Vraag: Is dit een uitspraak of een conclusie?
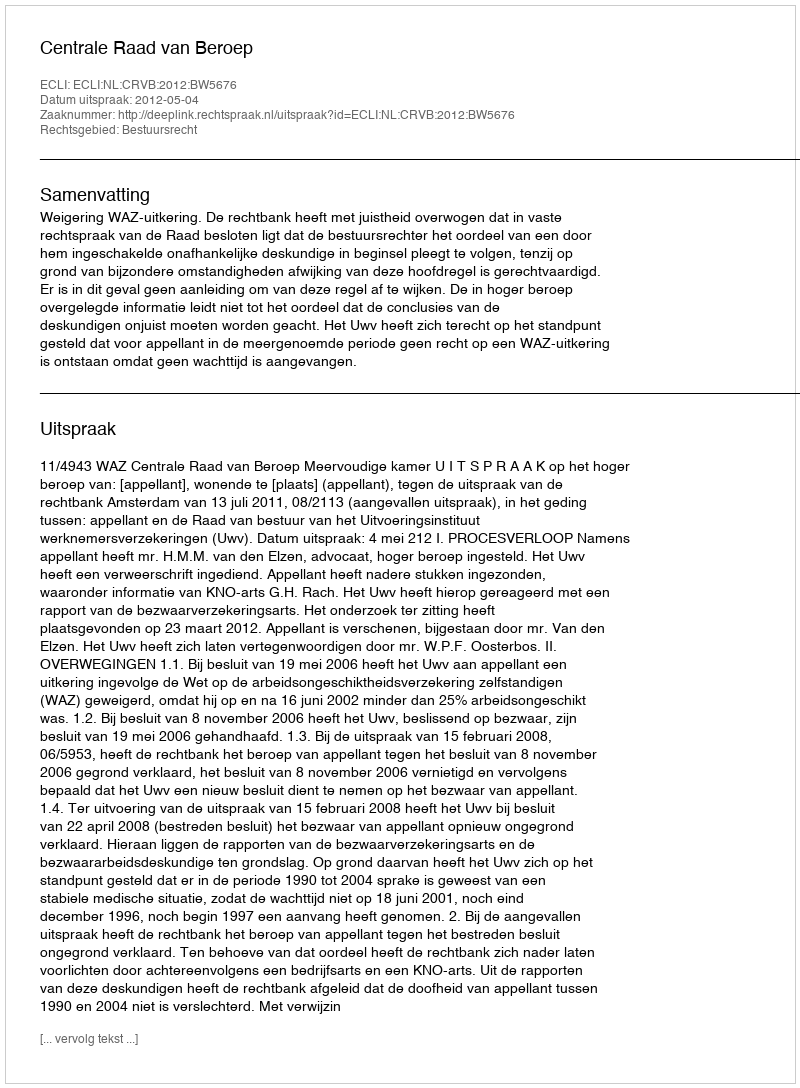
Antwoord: Uitspraak